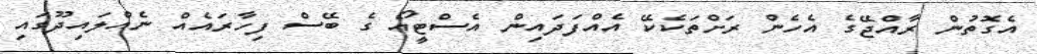
އެގޮތުން ރާއްޖޭގެ އެހެން ރަށްތަކެކޭ އެއްފަދައިން އެސްޓީއޯ ގެ ބޭސް ފިހާރައެއް ނެއްލައިދޫގައި